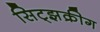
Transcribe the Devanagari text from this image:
सिट्झक्रीग